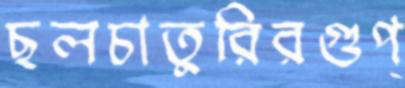
ছলচাতুরিরগুপ্